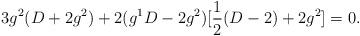
LaTeX: \begin{align*}3g^{2}(D+2g^{2})+2(g^{1}D-2g^{2})[\frac{1}{2}(D-2)+2g^{2}]=0.\end{align*}